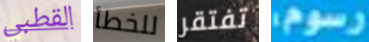
القطبي للخطأ تفتقر رسوم